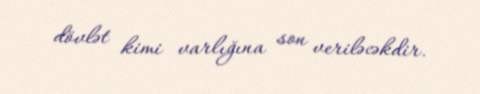
dövlət kimi varlığına son veriləcəkdir.